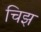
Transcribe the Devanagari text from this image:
चिझ